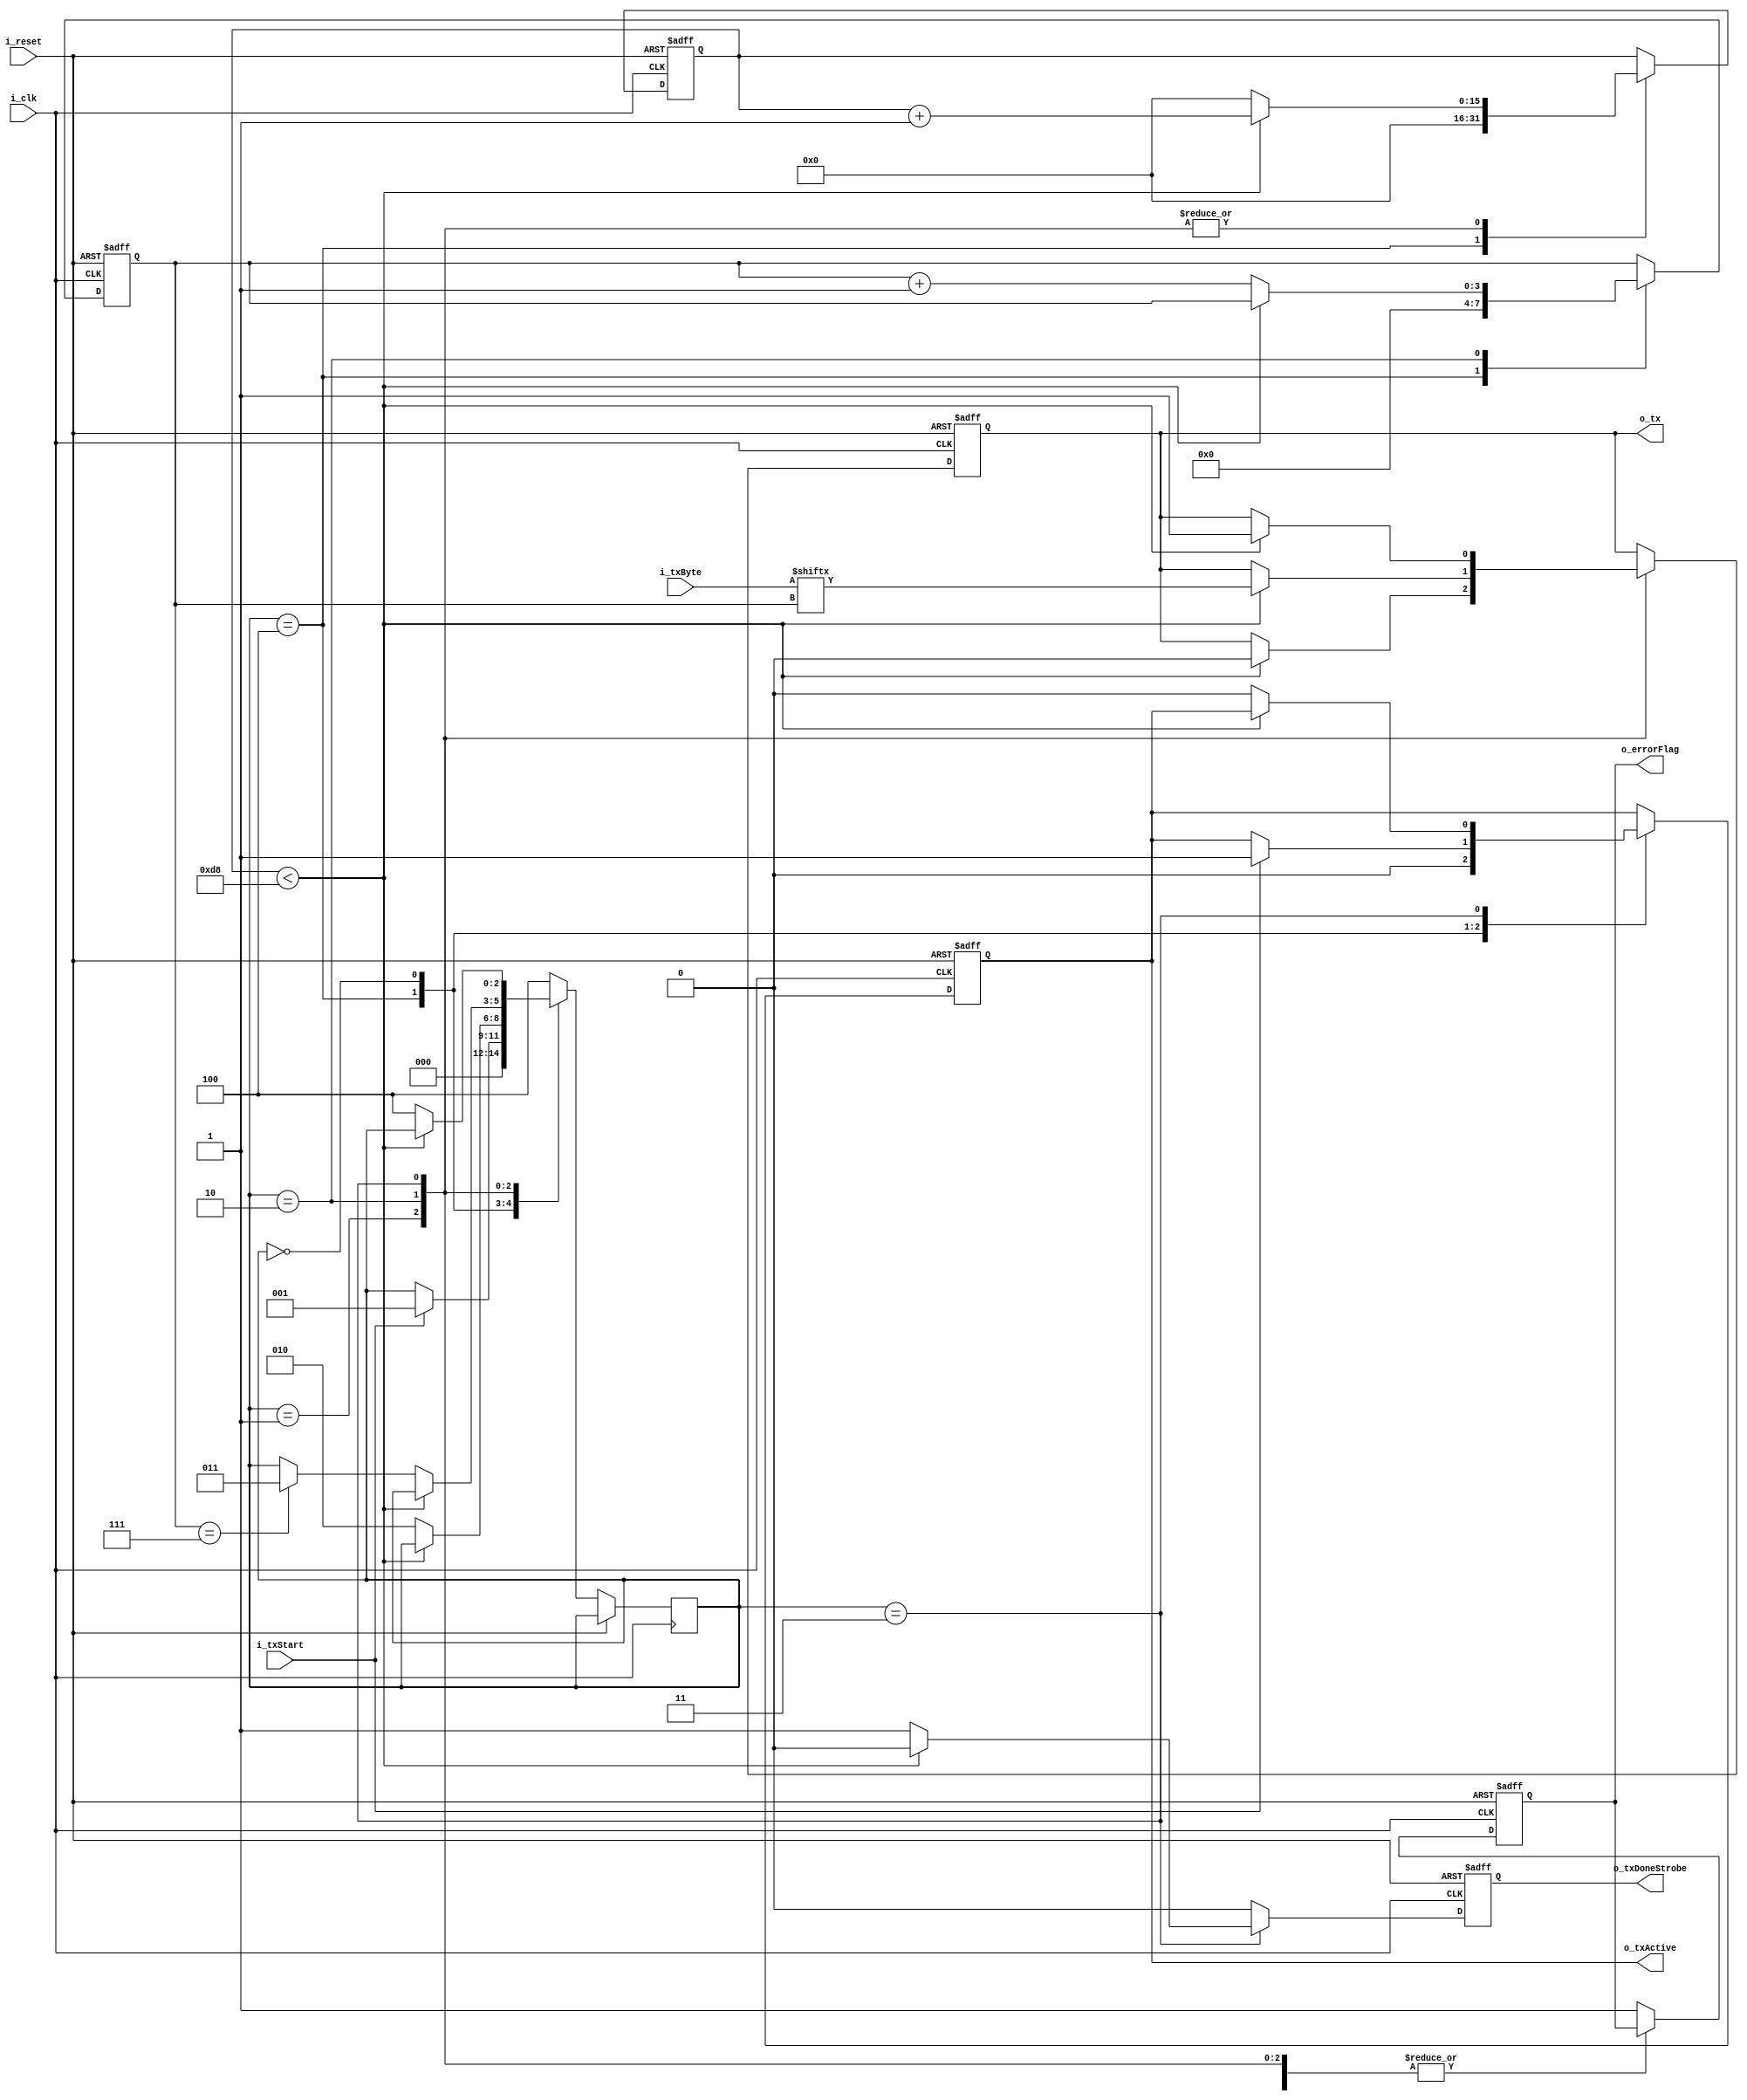
`default_nettype none
module UART_Tx
#(
    parameter CLKS_PER_BIT = 217,
    parameter NUM_DATA_BITS = 8
)
(
    input i_clk,
    input i_txStart,
    input [NUM_DATA_BITS - 1: 0] i_txByte,
    input i_reset,
    output o_tx,
    output o_txActive,
    output o_txDoneStrobe,
    output o_errorFlag
);
    // states
    parameter IDLE = 3'h0;
    parameter START_BIT = 3'h1;
    parameter DATA_BITS = 3'h2;
    parameter STOP_BIT = 3'h3;
    parameter RESET = 3'h4;

    reg r_tx = 1'b1;
    reg r_txActive = 1'b0;
    reg r_txDoneStrobe = 1'b0;
    reg r_errorFlag = 1'b0;
    reg [2:0] r_smState = RESET;
    reg [3:0] r_bitIdx = 0;
    reg [15:0] r_clkCount = 0;

    always @(posedge i_clk, posedge i_reset)
    if (i_reset)
    begin
        
        r_errorFlag <= 1'b0;
        r_tx <= 1'b1;
        r_txActive <= 1'b0;
        r_txDoneStrobe <= 1'b0;
        r_bitIdx <= 0;
        r_clkCount <= 0;
    end
    else
    begin
        r_txDoneStrobe <= 0;
        case (r_smState)
            RESET:
            begin
                r_clkCount <= 0;
                r_bitIdx <= 0;
                r_smState <= IDLE;
                r_txActive <= 1'b0;
            end


            IDLE:
            begin
                if (i_txStart == 1'b1)
                begin
                    r_smState <= START_BIT;
                    r_txActive <= 1'b1;
                end
            end

            START_BIT:
            begin
                if (r_clkCount < CLKS_PER_BIT - 1)
                begin
                    r_clkCount <= r_clkCount + 1;
                    r_tx <= 1'b0;
                end
                else
                begin
                    r_smState <= DATA_BITS;
                    r_clkCount <= 0;
                end
            end

            DATA_BITS:
            begin
                if (r_clkCount < CLKS_PER_BIT - 1)
                begin
                    r_clkCount <= r_clkCount + 1;
                    r_tx <= i_txByte[r_bitIdx];
                end
                else
                begin
                    r_clkCount <= 0;
                    r_bitIdx <= r_bitIdx + 1;
                    if (r_bitIdx == NUM_DATA_BITS - 1)
                        r_smState <= STOP_BIT;
                end
            end

            STOP_BIT:
            begin
                if (r_clkCount < CLKS_PER_BIT - 1)
                begin
                    r_clkCount <= r_clkCount + 1;
                    r_tx <= 1'b1;
                end
                else
                begin
                    r_txDoneStrobe <= 1'b1;
                    r_txActive <= 1'b0;
                    r_smState <= RESET;
                    r_clkCount <= 0;
                end
            end

            default:
            begin
                r_smState <= RESET;
                r_errorFlag <= 1;
            end

        endcase
    end

    assign o_tx = r_tx;
    assign o_txActive = r_txActive;
    assign o_txDoneStrobe = r_txDoneStrobe;
    assign o_errorFlag = r_errorFlag;

endmodule